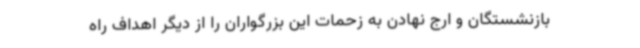
بازنشستگان و ارج نهادن به زحمات این بزرگواران را از دیگر اهداف راه